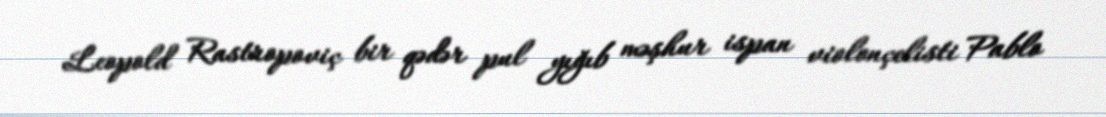
Leopold Rastropoviç bir qədər pul yığıb məşhur ispan violonçelisti Pablo